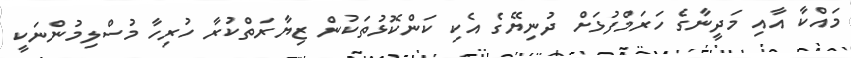
މައްކާ އާއި މަދީނާގެ ހަރަމްފުޅަށް ދުނިޔޭގެ އެކި ކަންކޮޅުތަކުން ޒިޔާރަތްކުރާ ހުރިހާ މުސްލިމުންނަކީ